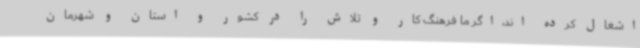
اشغال کرده اند،اگر ما فرهنگ کار و تلاش را در کشور و استان و شهرمان